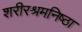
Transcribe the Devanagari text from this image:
शरीरश्रमनिष्ठा